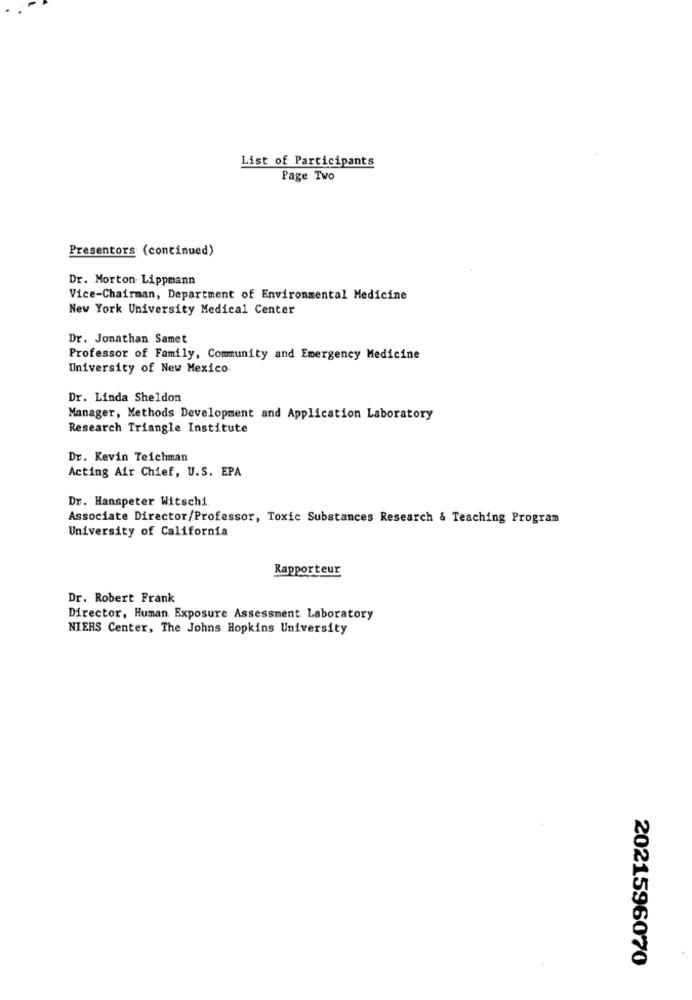
List of Participants
Page Two
Presentors (continued)
Dr. Morton Lippmann
Vice-Chairman, Department of Environmental Medicine
New York University Medical Center
Dr. Jonathan Samet
Professor of Family, Community and Emergency Medicine
University of New Mexico.
Dr. Linda Sheldon
Manager, Methods Development and Application Laboratory
Research Triangle Institute
Dr. Kevin Teichman
Acting Air Chief, U.S. EPA
Dr. Hanspeter Witschi
Associate Director/Professor, Toxic Substances Research & Teaching Program
University of California
Rapporteur
Dr. Robert Frank
Director, Human Exposure Assessment Laboratory
NIERS Center, The Johns Hopkins University
2021596070